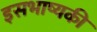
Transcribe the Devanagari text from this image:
इसभाष्यकी